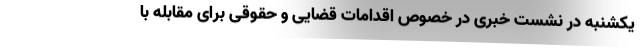
یکشنبه در نشست خبری در خصوص اقدامات قضایی و حقوقی برای مقابله با